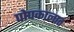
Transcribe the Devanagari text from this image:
पोपकालात